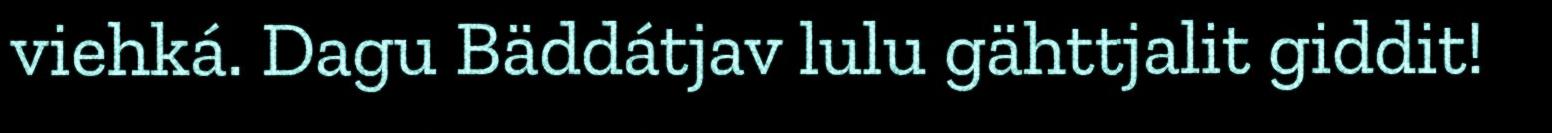
viehká. Dagu Bäddátjav lulu gähttjalit giddit!